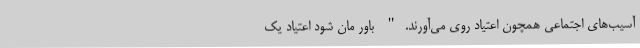
آسیب‌های اجتماعی همچون اعتیاد روی می‌آورند." باور مان شود اعتیاد یک